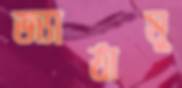
জ্যাঠামু